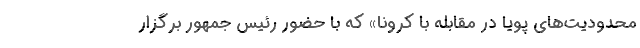
محدودیت‌های پویا در مقابله با کرونا» که با حضور رئیس جمهور برگزار